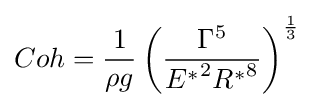
Coh={\frac {1}{\rho g}}\left({\frac {\Gamma ^{5}}{{E^{*}}^{2}{R^{*}}^{8}}}\right)^{\frac {1}{3}}